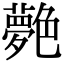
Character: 𦫰